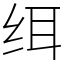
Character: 䌺